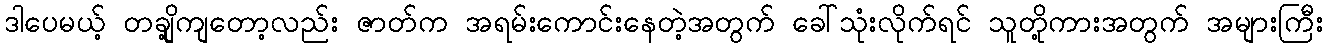
ဒါပေမယ့် တချို့ကျတော့လည်း ဇာတ်က အရမ်းကောင်းနေတဲ့အတွက် ခေါ်သုံးလိုက်ရင် သူတို့ကားအတွက် အများကြီး